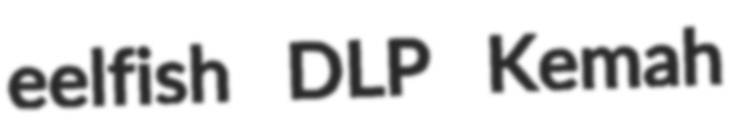
eelfish DLP Kemah